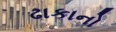
ઢાકાનો